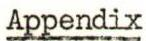
Appendix